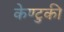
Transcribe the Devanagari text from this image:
केण्टुकी